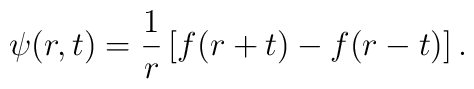
\psi(r,t) = {1\over r} \left[ f(r+t) - f(r-t) \right].